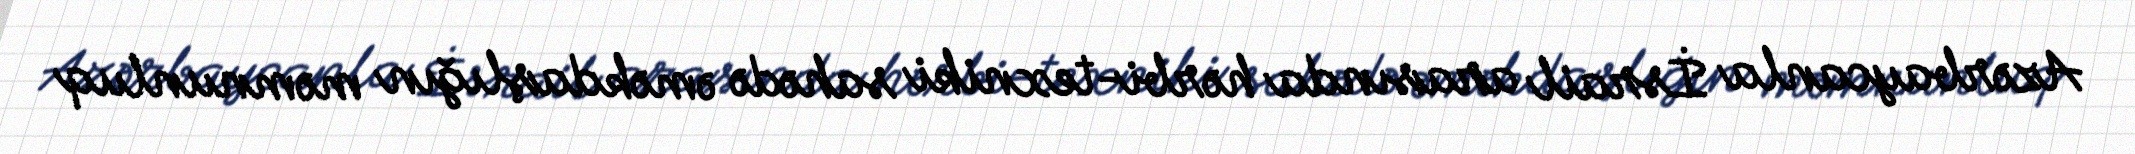
Azərbaycanla İsrail arasında hərbi-texniki sahədə əməkdaşlığın məmnunluq